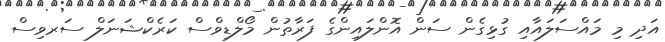
އަދި މި މައްސަލައާއި ގުޅިގެން ސަން އޮންލައިންގެ ފަރާތުން މޯލްޑިވްސް ކަރެކްޝަނަލް ސަރވިސް